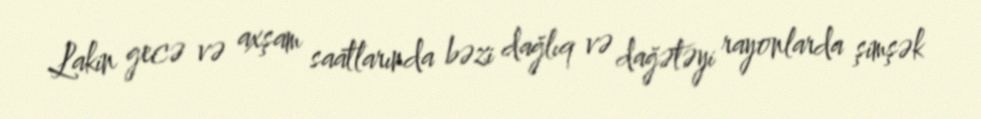
Lakin gecə və axşam saatlarında bəzi dağlıq və dağətəyi rayonlarda şimşək